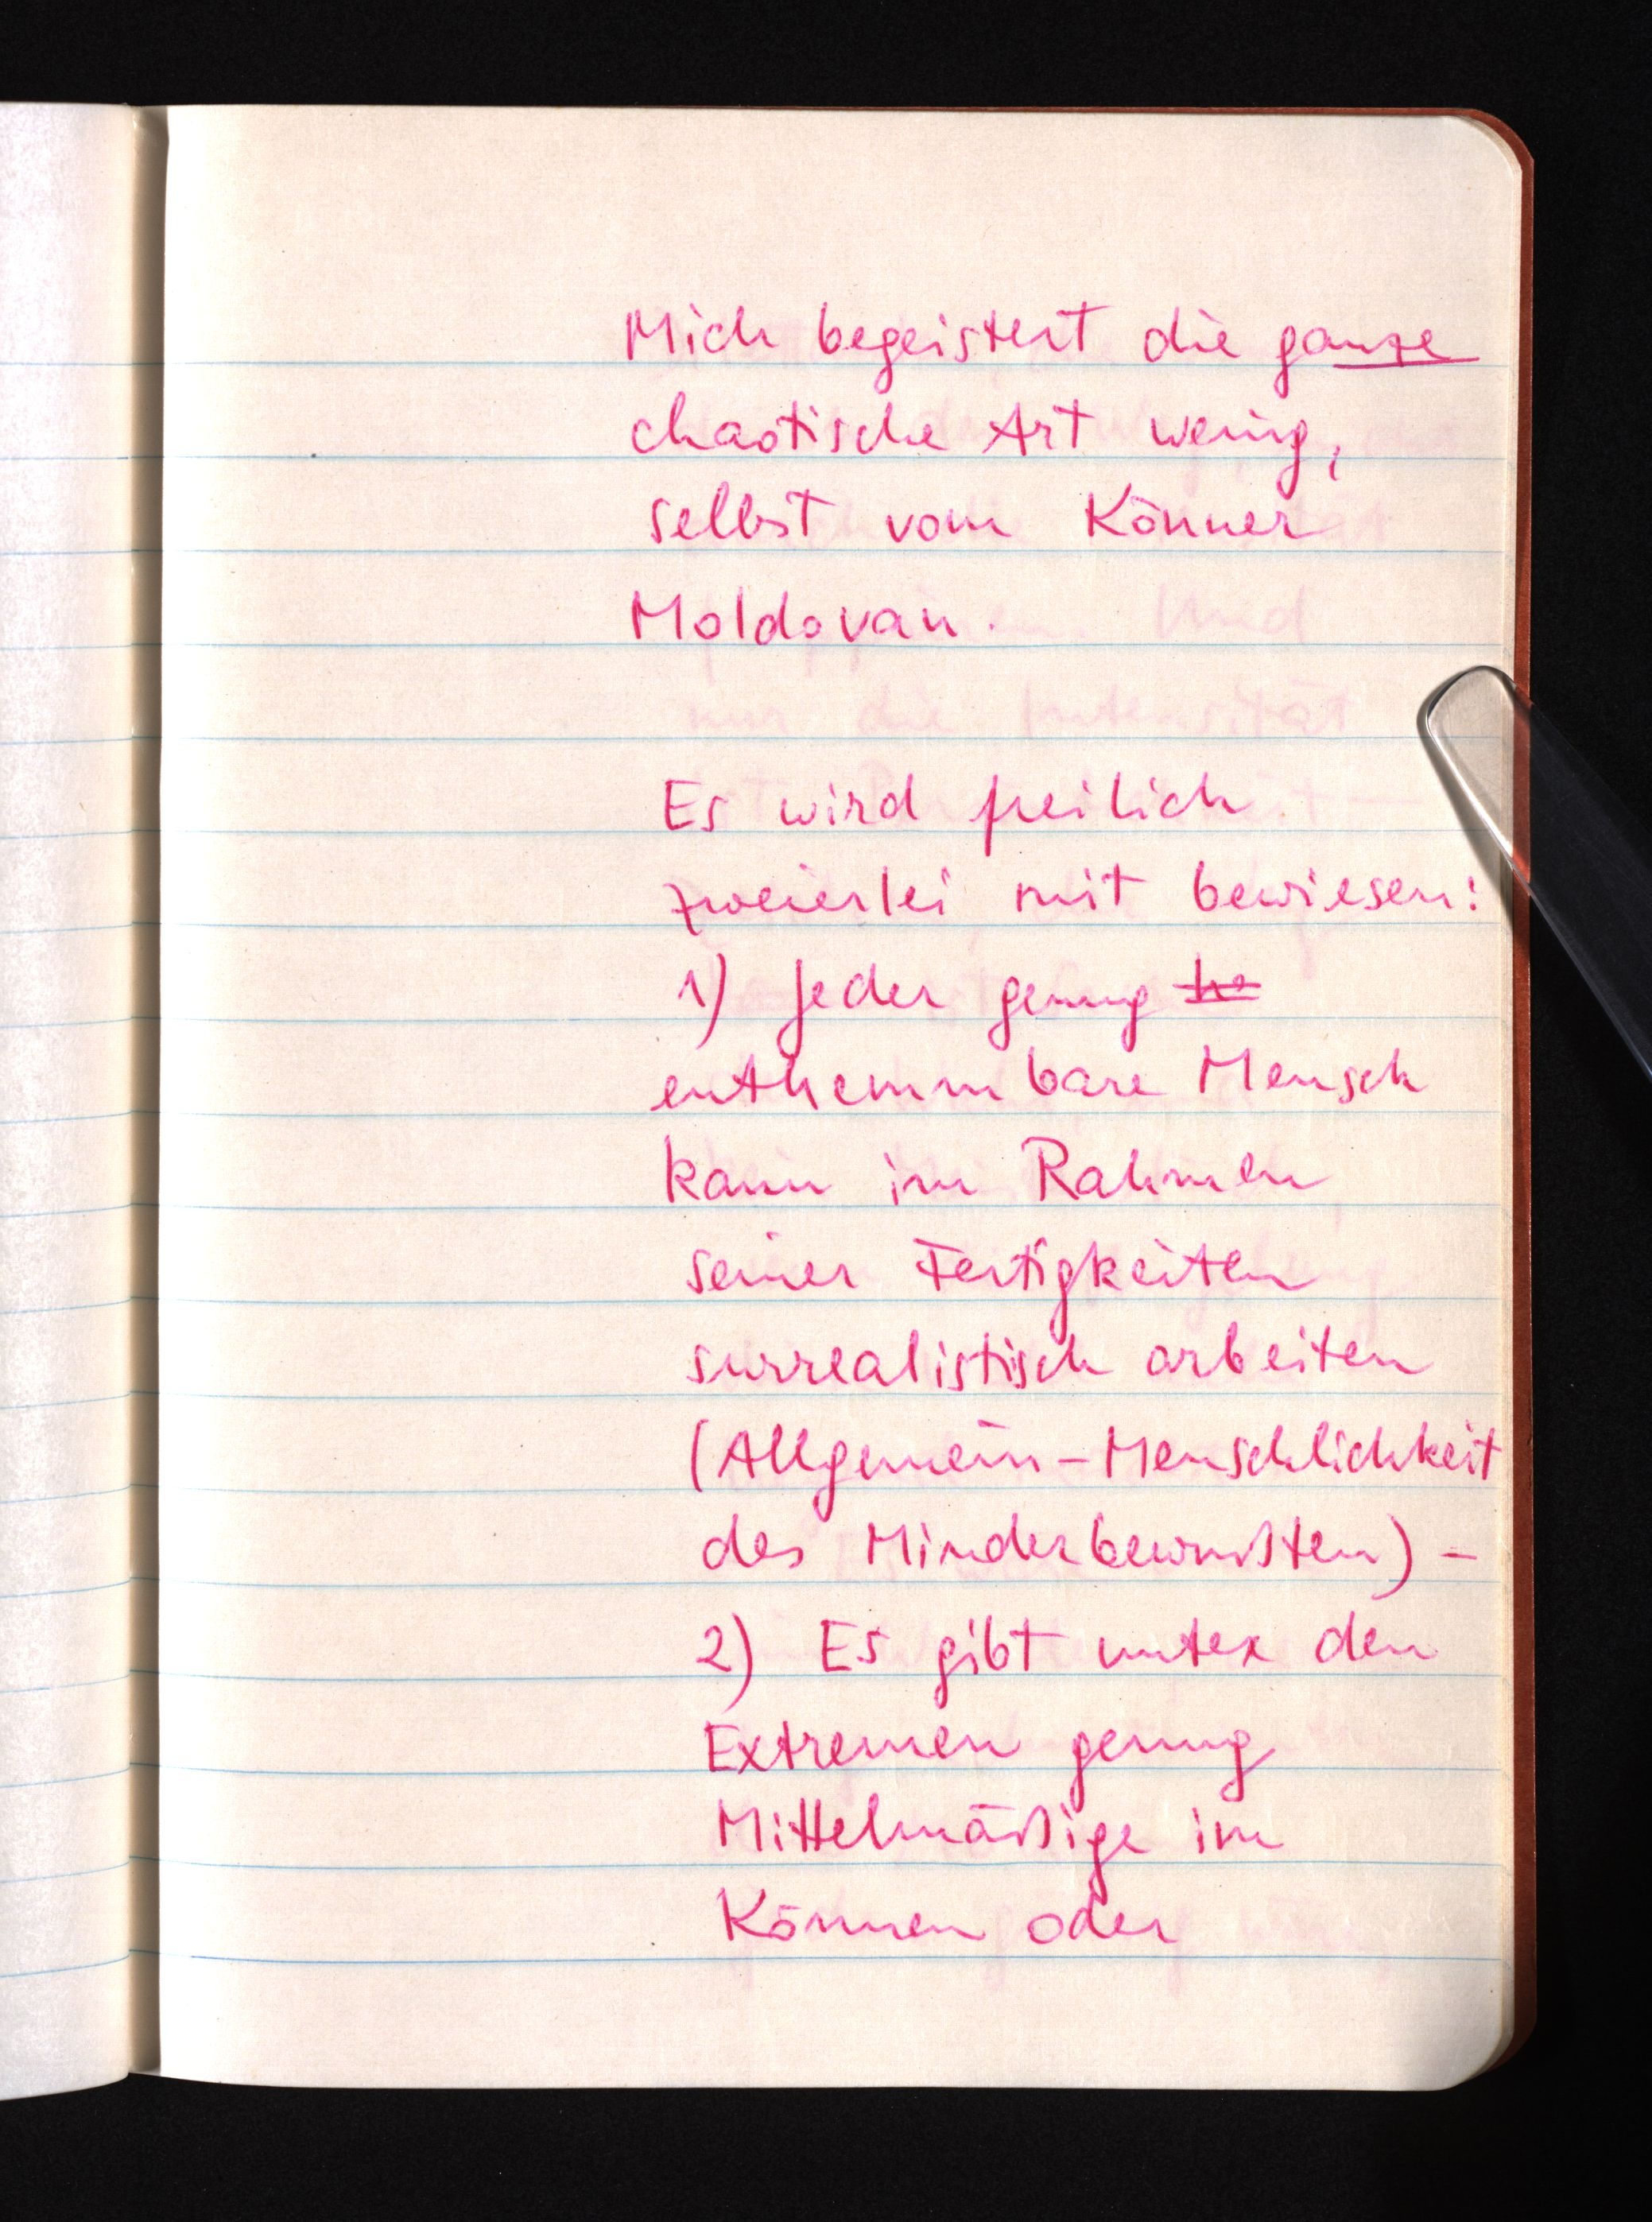
Mich begeistert die ganze
chaotische Art wenig,
selbst vom Könner
Moldovan.
Es wird freilich
zweierlei mit bewiesen:
1) Jeder genug h
enthemmbare Mensch
kann im Rahmen
seiner Fertigkeiten
surrealistisch arbeiten
(Allgemein-Menschlichkeit
des Minderbewußten) -2)
Es gibt unter den
Extremen genug
Mittelmäßige im
Können oder